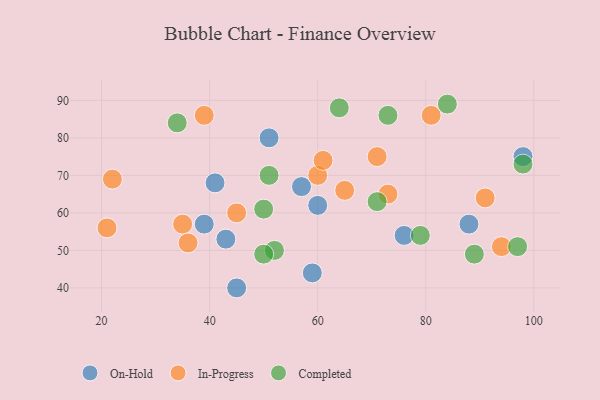
{"axis": {"x": "GDP", "y": "Life Expectancy"}, "legend": ["Completed", "In-Progress", "On-Hold"], "data": [{"x": "60", "y": 62, "type": "On-Hold"}, {"x": "45", "y": 40, "type": "On-Hold"}, {"x": "41", "y": 68, "type": "On-Hold"}, {"x": "43", "y": 53, "type": "On-Hold"}, {"x": "88", "y": 57, "type": "On-Hold"}, {"x": "57", "y": 67, "type": "On-Hold"}, {"x": "76", "y": 54, "type": "On-Hold"}, {"x": "51", "y": 80, "type": "On-Hold"}, {"x": "98", "y": 75, "type": "On-Hold"}, {"x": "59", "y": 44, "type": "On-Hold"}, {"x": "39", "y": 57, "type": "On-Hold"}, {"x": "35", "y": 57, "type": "In-Progress"}, {"x": "22", "y": 69, "type": "In-Progress"}, {"x": "21", "y": 56, "type": "In-Progress"}, {"x": "71", "y": 75, "type": "In-Progress"}, {"x": "73", "y": 65, "type": "In-Progress"}, {"x": "91", "y": 64, "type": "In-Progress"}, {"x": "94", "y": 51, "type": "In-Progress"}, {"x": "36", "y": 52, "type": "In-Progress"}, {"x": "60", "y": 70, "type": "In-Progress"}, {"x": "61", "y": 74, "type": "In-Progress"}, {"x": "81", "y": 86, "type": "In-Progress"}, {"x": "65", "y": 66, "type": "In-Progress"}, {"x": "39", "y": 86, "type": "In-Progress"}, {"x": "45", "y": 60, "type": "In-Progress"}, {"x": "98", "y": 73, "type": "Completed"}, {"x": "84", "y": 89, "type": "Completed"}, {"x": "34", "y": 84, "type": "Completed"}, {"x": "52", "y": 50, "type": "Completed"}, {"x": "50", "y": 61, "type": "Completed"}, {"x": "73", "y": 86, "type": "Completed"}, {"x": "64", "y": 88, "type": "Completed"}, {"x": "51", "y": 70, "type": "Completed"}, {"x": "89", "y": 49, "type": "Completed"}, {"x": "71", "y": 63, "type": "Completed"}, {"x": "97", "y": 51, "type": "Completed"}, {"x": "79", "y": 54, "type": "Completed"}, {"x": "50", "y": 49, "type": "Completed"}]}